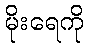
မိုးရေကို